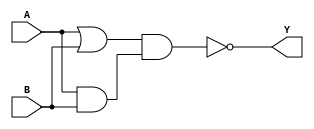
module xor_gate (
    input A,
    input B,
    output Y
);

wire a_and_b, a_or_b, a_nand_b;

and gate1(a_and_b, A, B);
or gate2(a_or_b, A, B);
nand gate3(a_nand_b, a_or_b, a_and_b);
assign Y = a_nand_b;

endmodule